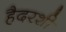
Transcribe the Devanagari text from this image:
हैदरशी